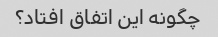
چگونه این اتفاق افتاد؟